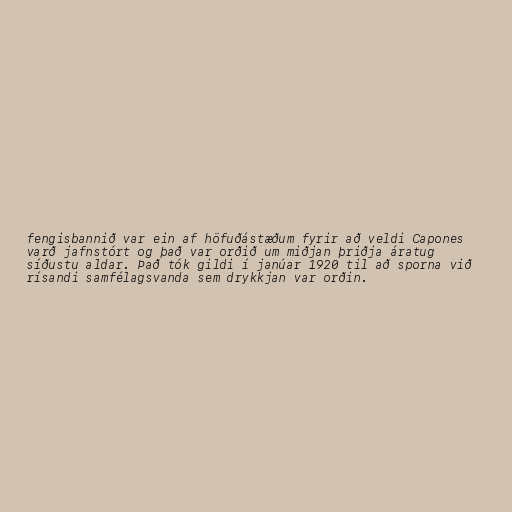
fengisbannið var ein af höfuðástæðum fyrir að veldi Capones
varð jafnstórt og það var orðið um miðjan þriðja áratug
síðustu aldar. Það tók gildi í janúar 1920 til að sporna við
rísandi samfélagsvanda sem drykkjan var orðin.